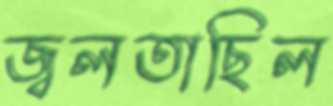
জ্বলতাছিল